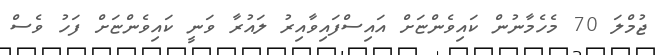
ޖުމްލަ 70 މެހެމާނުން ކައިވެންޏަށް އައިސްފައިވާއިރު ލައުރާ ވަނީ ކައިވެންޏަށް ފަހު ވެސް